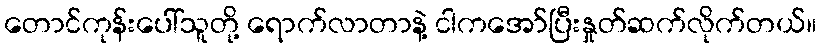
တောင်ကုန်းပေါ်သူတို့ ရောက်လာတာနဲ့ ငါကအော်ပြီးနှုတ်ဆက်လိုက်တယ်။